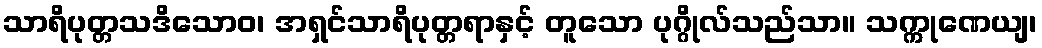
သာရိပုတ္တသဒိသောဝ၊ အရှင်သာရိပုတ္တရာနှင့် တူသော ပုဂ္ဂိုလ်သည်သာ။ သက္ကုဏေယျ၊